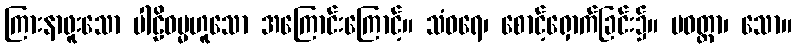
ကြားနာဖူးသော ပါဠိဓမ္မဟူသော အကြောင်းကြောင့်။ သံဝရေ၊ စောင့်ရှောက်ခြင်း၌။ ပဝတ္တာ၊ သော။